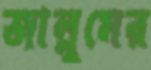
জাল্লুমের